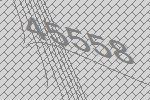
45558